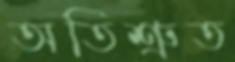
অতিশ্রুত